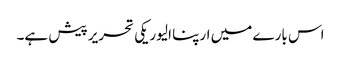
اس بارے میں ارپنا الیوریکی تحریر پیش ہے۔